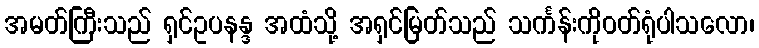
အမတ်ကြီးသည် ရှင်ဥပနန္ဒ အထံသို့ အရှင်မြတ်သည် သင်္ကန်းကိုဝတ်ရုံပါသလော၊